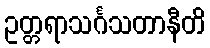
ဥတ္တရာသင်္ဂသတာနီတိ